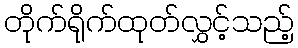
တိုက်ရိုက်ထုတ်လွှင့်သည့်